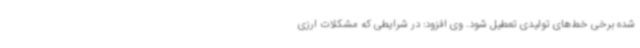
شده برخی خط‌های تولیدی تعطیل شود. وی افزود: در شرایطی که مشکلات ارزی